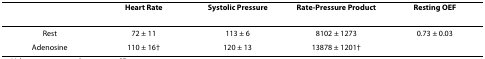
<table><thead><tr><td></td><td><b>Heart Rate</b></td><td><b>Systolic Pressure</b></td><td><b>Rate-Pressure Product</b></td><td><b>Resting OEF</b></td></tr></thead><tbody><tr><td>Rest</td><td>72 ± 11</td><td>113 ± 6</td><td>8102 ± 1273</td><td>0.73 ± 0.03</td></tr><tr><td>Adenosine</td><td>110 ± 16†</td><td>120 ± 13</td><td>13878 ± 1201†</td><td></td></tr></tbody></table>